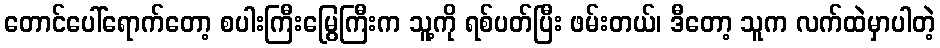
တောင်ပေါ်ရောက်တော့ စပါးကြီးမြွေကြီးက သူ့ကို ရစ်ပတ်ပြီး ဖမ်းတယ်၊ ဒီတော့ သူက လက်ထဲမှာပါတဲ့